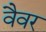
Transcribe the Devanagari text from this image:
वैवर